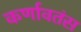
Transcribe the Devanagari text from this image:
कर्णावतंस